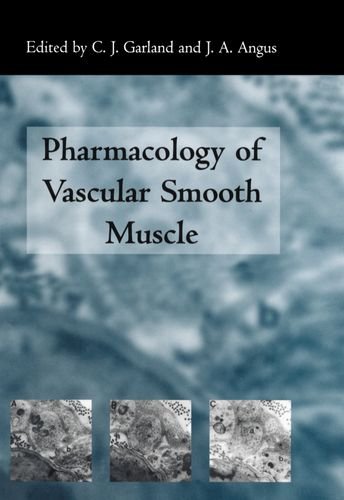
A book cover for The Pharmacology of Vascular Smooth Muscle; Medical Books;